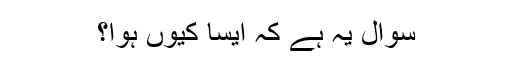
سوال یہ ہے کہ ایسا کیوں ہوا؟